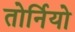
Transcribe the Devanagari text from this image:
तोर्नियो